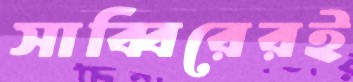
সাব্বিরেরই